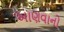
આણવાનો